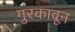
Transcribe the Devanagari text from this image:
गुरकावून